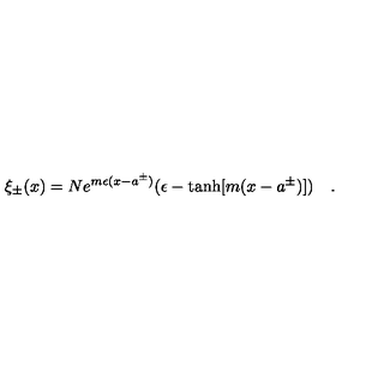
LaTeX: \xi _ { \pm } ( x ) = N e ^ { m \epsilon ( x - a ^ { \pm } ) } ( \epsilon - \tanh [ m ( x - a ^ { \pm } ) ] ) \quad .